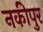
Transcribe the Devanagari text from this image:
नकीपुर